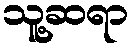
သူ့ဆရာ